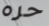
حره